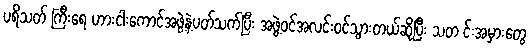
ပရိသတ် ကြီးရေ ဟားငါးကောင်အဖွဲ့နဲ့ပတ်သက်ပြီး အဖွဲ့ဝင်အလင်းဝင်သွားတယ်ဆိုပြီး သတ င်းအမှားတွေ